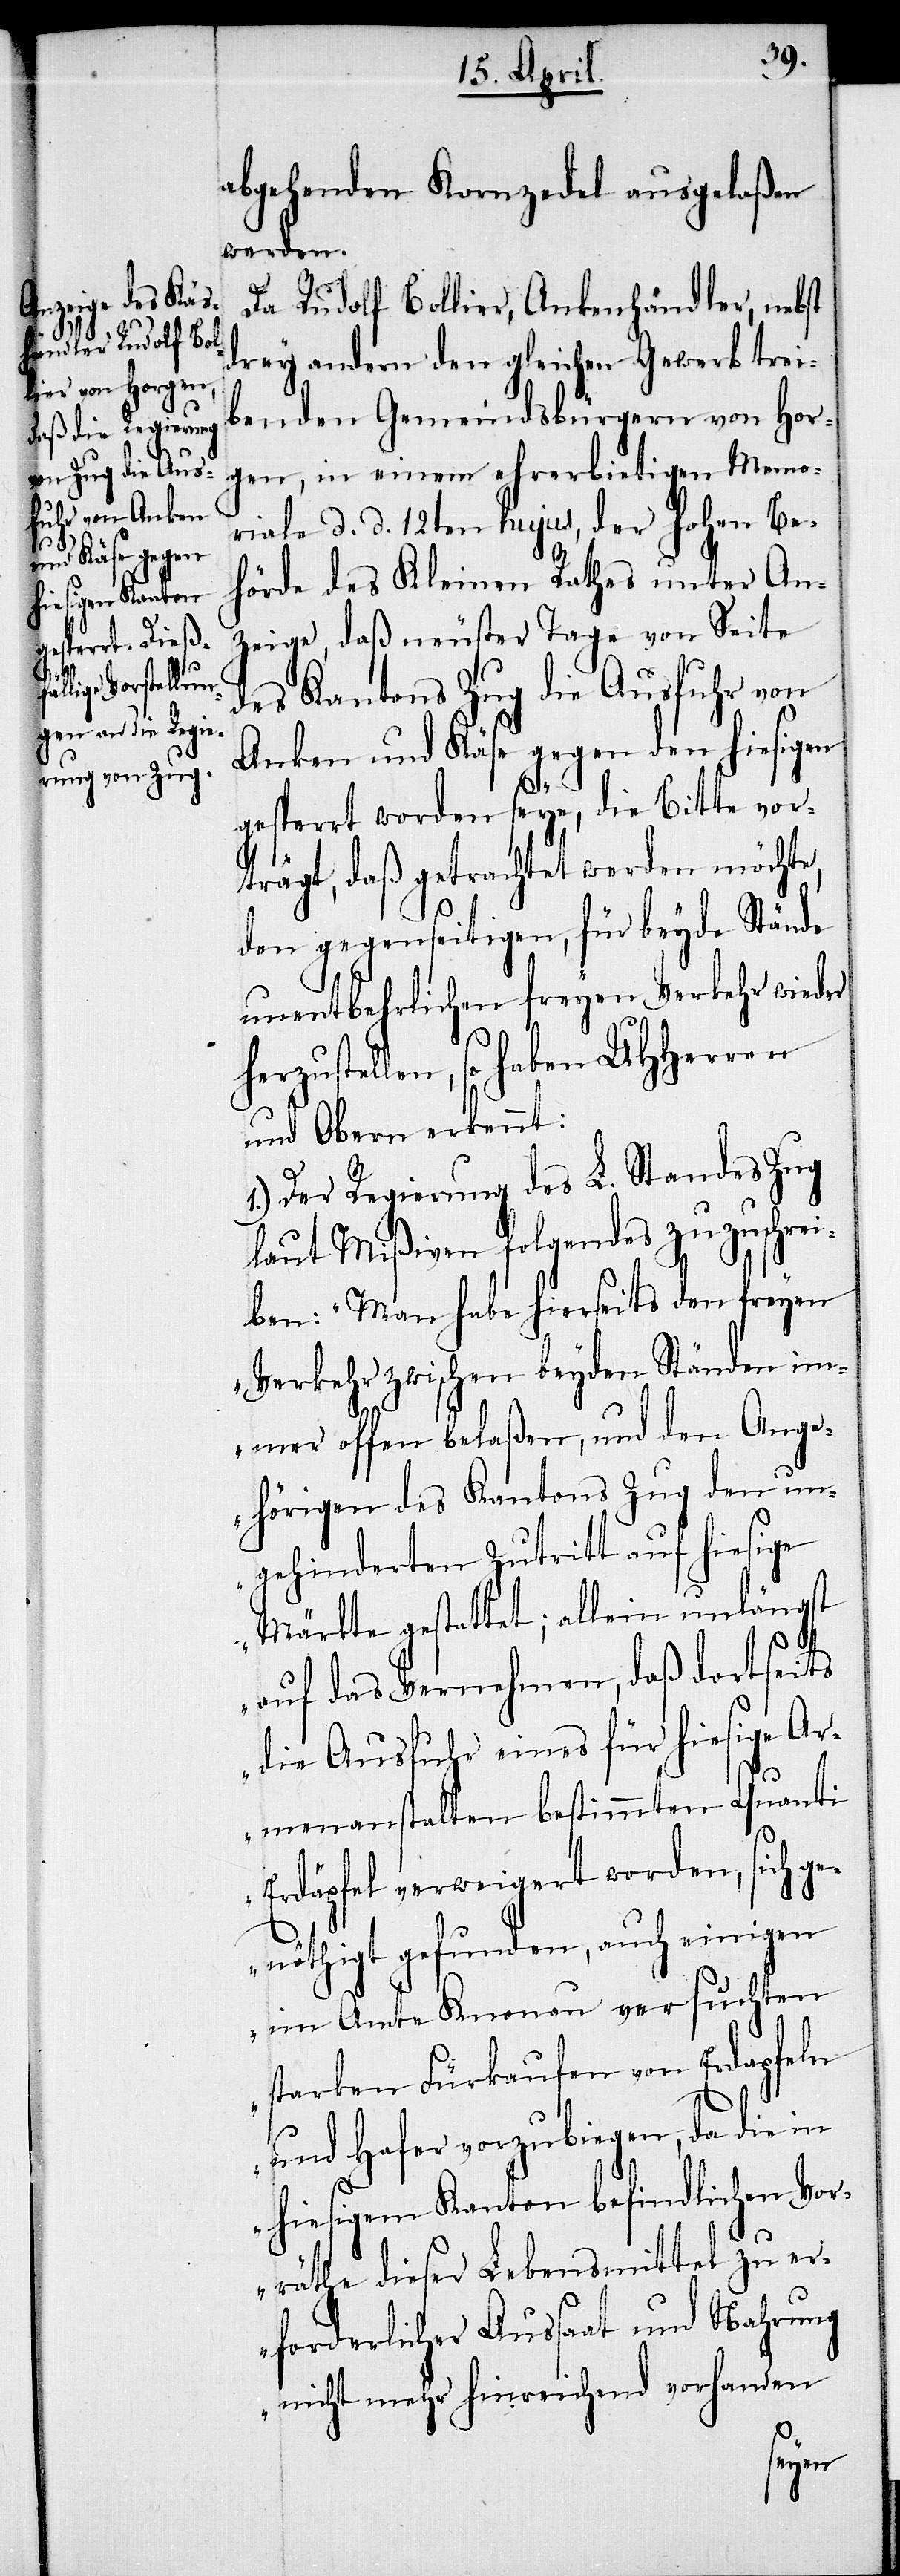
die i¬

abgehenden Kornzedel ausgelaßen
werden.
Da Rudolf Bollier, Ankenhändler, nebst
drey andern den gleichen Gewerb trei¬
benden Gemeindsbürgern von Hor¬
gen, in einem ehrerbietigen Memo¬
riale d. d. 12ten hujus, der hohen Be¬
hörde des Kleinen Rathes unter An¬
zeige, daß neuster Tage von Seite
des Kantons Zug die Ausfuhr von
Anken und Käse gegen den hiesigen
da
gesperrt worden seye, die Bitte vor¬
trägt, daß getrachtet werden möchte,
den gegenseitigen, für beyde Stände
unentbehrlichen freyen Verkehr wieder
herzustellen, so haben UHHerren
und Obern erkennt:
1.) Der Regierung des L. Standes Zug
laut Mißiven folgendes zuzuschrei¬
ben: „Man habe hierseits den freyen
Verkehr zwischen beyden Ständen im¬
mer offen belaßen, und den Ange¬
hörigen des Kantons Zug den un¬
gehinderten Zutritt auf hiesige
Märkte gestattet; allein unlängst
auf das Vernehmen, daß dortseits
die Ausfuhr eines für hiesige Ar¬
menanstalten bestimmten Quanti
Erdäpfel verweigert worden, sich ge¬
nöthigt gefunden, auch einigen
im Amte Knonau versuchten
tarken Fürkaufen von Erdapfeln
n hiesigem Kanton befindlichen Vor¬
räthe dieser Lebensmittel zu er¬
forderlicher Aussaat und Nahrung
nicht mehr hinreichend vorhanden